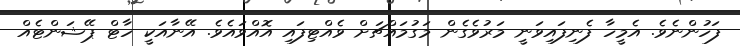
ފަހުންނެވެ. އެމީހާ ފެނިފައިވަނީ މަރުވެގެން މަގުމައްޗަށް ވެއްޓިފައި އޮއްވައެވެ. އޭނާއަކީ ހާޓް ޕޭޝަންޓެއް